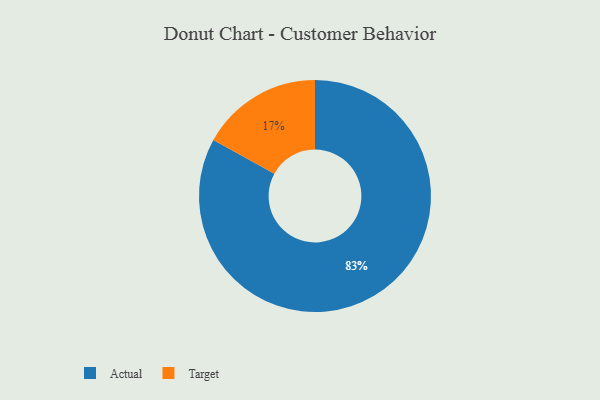
{"axis": {"x": "Category", "y": "Percentage"}, "legend": ["Actual", "Target"], "data": [{"x": "Actual", "y": 83, "type": "Actual"}, {"x": "Target", "y": 17, "type": "Target"}]}